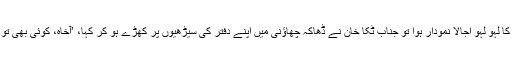
26 مارچ کا لہو لہو اجالا نمودار ہوا تو جناب ٹکا خان نے ڈھاکہ چھاؤنی میں اپنے دفتر کی سیڑھیوں پر کھڑے ہو کر کہا، ’آخاہ، کوئی بھی تو نہیں ہے‘۔